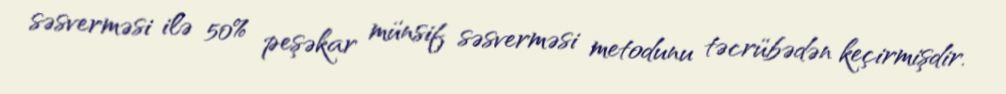
səsverməsi ilə 50% peşəkar münsif səsverməsi metodunu təcrübədən keçirmişdir.